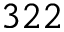
3 2 2